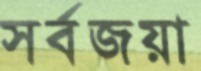
সর্বজয়া